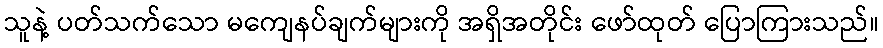
သူနဲ့ ပတ်သက်သော မကျေနပ်ချက်များကို အရှိအတိုင်း ဖော်ထုတ် ပြောကြားသည်။